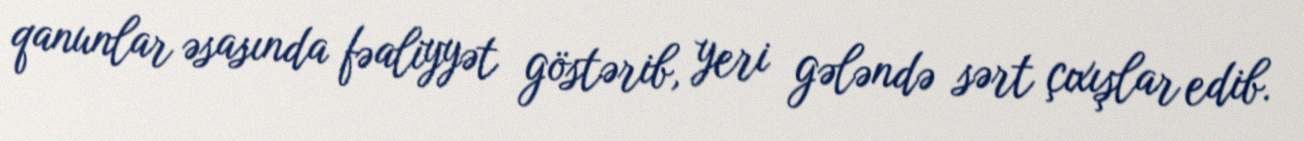
qanunlar əsasında fəaliyyət göstərib, yeri gələndə sərt çıxışlar edib.